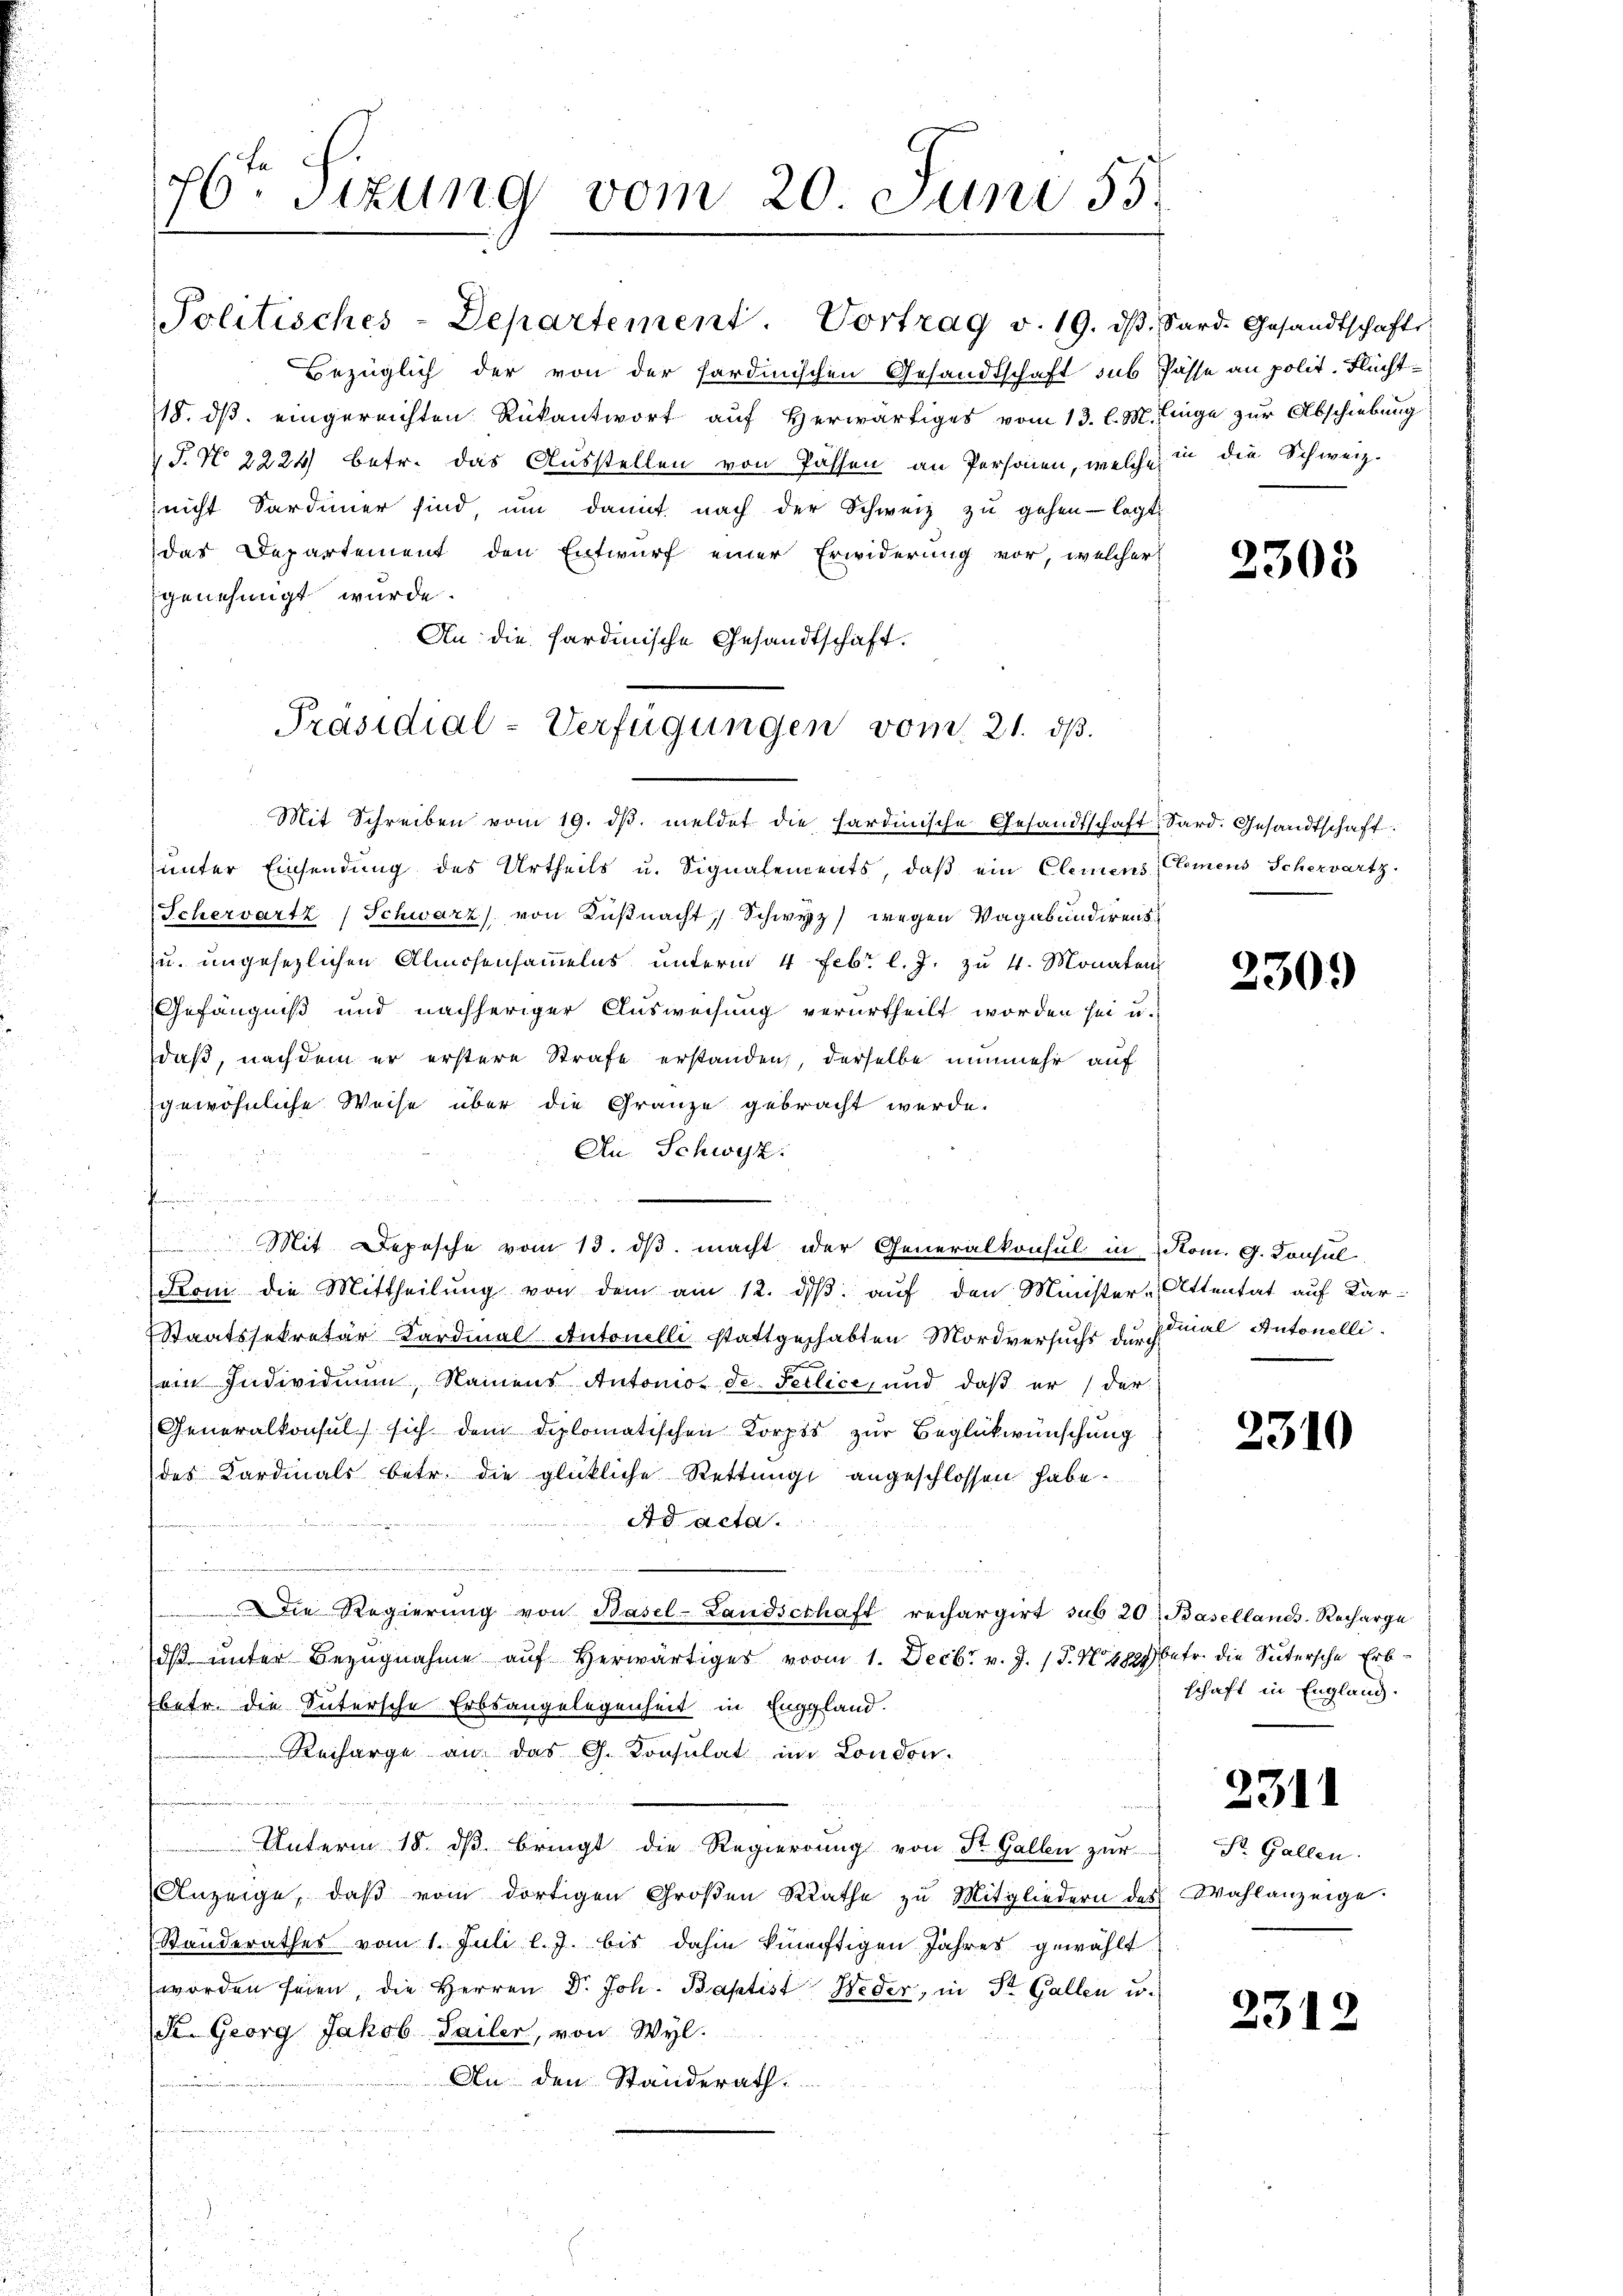
76ten Sizung vom 20. Juni 55.

Politisches-Departement. Vortrag v. 19. dβ. Sard. Gesandtschafts-
Bezüglich der von der sardinischen Gesandtschaft sub Pässe an polit. Flucht¬
18. dβ eingereichten Rükantwort auf herwärtiges vom 13. l. M. Einge zur Abschiebung
S.N 2224) betr. das Ausstellen von Passen an Personen, welche in die Schweiz.
nicht Sardiner sind um damit nach der Schweiz zu gehen legte
das Departement den Entwurf einer Erwiderung vor, welcher
genehmigt wurde.
An die Sardinische Gesandtschaft.
Mit Schreiben vom 19. dβ. meldet die sardinische Gesandtschaft Sard. Gesandtschaft.
unter Einsendung des Urtheils u. Signalements, daß ein Clemens Clemens Scherwartz
Schervartz (Schwarz von Küßnacht, Schwyz) wegen Vagabundirens
u. ungesezlichen Almosensammelns unterm 4. Febr. l. J. zu 4. Monaten
Gefängniß und nachheriger Ausweisung verurtheilt worden sei u.
daß, nachdem er erstere Strafe erstanden, derselbe nunmehr auf
gewöhnliche Weise über die Gränze gebracht werde.
An Schwyz.
fr
.
Mit Depesche vom 13. dβ macht der Generalkonsul in Rom. G. Consul
Koni die Mittheilŭng von dem am 12. dβ aŭf den Minister-Attentat auf Kar-
Staatssekretär Kardinal Antonelli stattgehabten Mordversuchs du mal Antonelli
u
ein Individium, Namens Automos de Teilice, und daβ er / der
Generalkonsul sich dem diplomatischen Korpts zur Beglükwünschung
des Kardinals betr. die glückliche Rettŭng angeschlossen habe.
Ad acta.
e
r
Die Regierŭng von Basel-Landschaft rechargirt sub 20. Basellands-Recharge
dβ ŭnter Bezugnahme aŭf herwärtiges vom 1. Decbr. v. J. J. N. 4827 betr. die Sutersche Erbbetr. die Sutersche Erbsangelegenheit in Enggland.
Recharge an das G. Consulat im London.
Unterm 18. dβ bringt die Regierung von St. Gallen zur
Anzeige, daβ vom dortigen Großen Rathe zu Mitgliedern des Wahlanzeige.
Standerathes vom 1. Juli l. J. bis dahin künftigen Jahres gewählt
worden seien, die Herren Dr. Joh. Baptist Weder, in St. Gallen u.
Se. Georg Jakob Sailer, von Wyl.
An den Ständerath.
e

Präsidial-Verfügungen vom 21. ds.

2305

2309

2310

schaft in England.

2311

St. Gallen.

2312